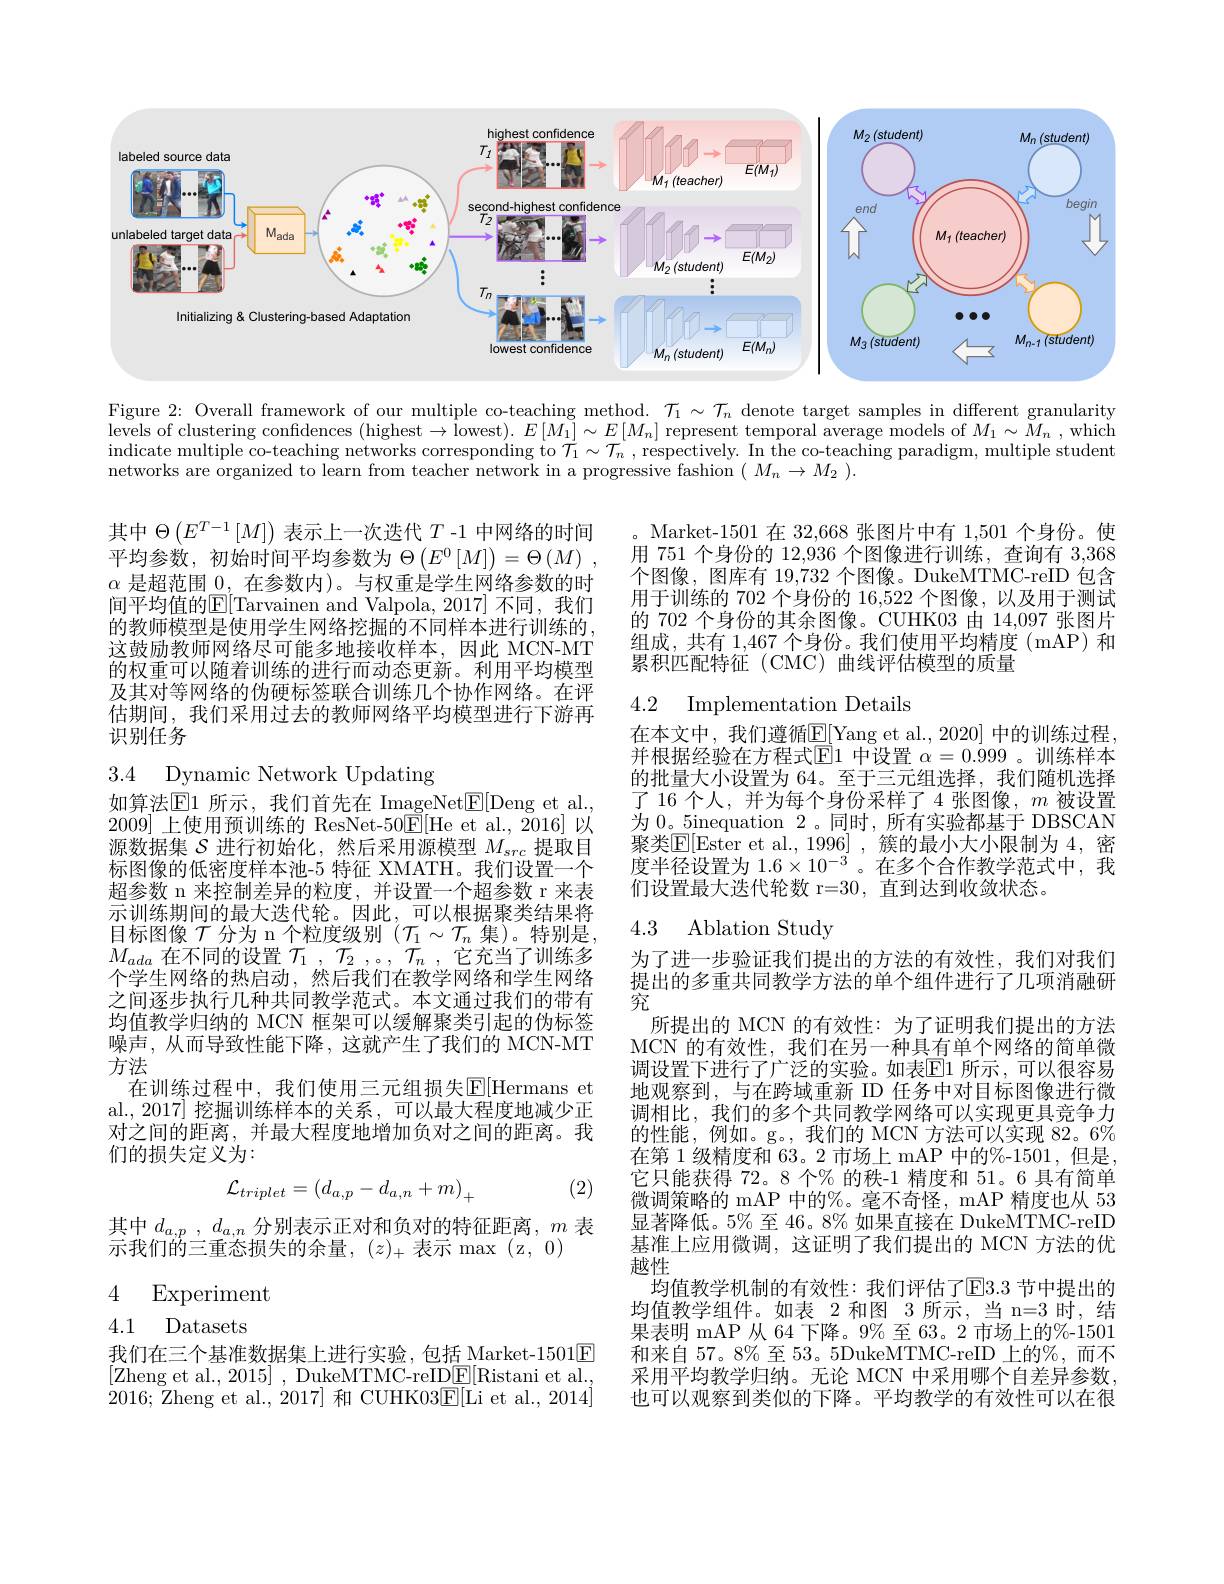
<FigureHere>

Figure 2: Overall framework of our multiple co-teaching method. $\mathcal{T}_1\sim\mathcal{T}_n$ denote target samples in different granularity levels of clustering confidences (highest$\to\hat{\text{lowest}}).E\left[M_1\right]\sim E\left[M_n\right]$ represent temporal average models of $M_1\sim\tilde{M}_n$ , which indicate multiple co-teaching networks corresponding to $\mathcal{T}_1\sim\mathcal{T}_n$ , respectively. In the co-teaching paradigm, multiple student networks are organized to learn from teacher network in a progressive fashion $(M_n\to M_2).$

Market-1501 在 32,668 张图片中有 1,501 个身份。使用 751 个身份的 12,936 个图像进行训练，查询有 3,368个图像，图库有 19,732 个图像。DukeMTMC-reID 包含用于训练的 702 个身份的 16,522 个图像，以及用于测试的 702 个身份的其余图像。CUHK03 由 14,097 张图片组成，共有 1,467 个身份。我们使用平均精度 (mAP) 和累积匹配特征(CMC)曲线评估模型的质量

其中$\Theta\left(E^{T-1}\left[M\right]\right)$表示上一次迭代$T$ -1 中网络的时间平均参数，初始时间平均参数为$\Theta\left(E^{0}\left[M\right]\right)=\Theta\left(M\right)$, $\alpha$是超范围$\underline0$,在参数内)。与权重是学生网络参数的时间平均值的$\mathbb{E}[$Tarvainen and Valpola,2017] 不同，我们的教师模型是使用学生网络挖掘的不同样本进行训练的， 这鼓励教师网络尽可能多地接收样本，因此 MCN-MT 的权重可以随着训练的进行而动态更新。利用平均模型及其对等网络的伪硬标签联合训练几个协作网络。在评估期间，我们采用过去的教师网络平均模型进行下游再识别任务

4.2 Implementation Details

3.4 Dynamic Network Updating
如算法$\operatorname{E}$1 所示，我们首先在 ImageNet$\operatorname{E}[$Deng et al.

在本文中，我们遵循$\underline{\mathrm{E}}[$Yang et al.,2020] 中的训练过程， 并根据经验在方程式$\bar{\mathbb{E}}1$ 中设置 $\alpha=0.\dot{999}$ 。训练样本的批量大小设置为 64。至于三元组选择，我们随机选择了 16 个人，并为每个身份采样了 4 张图像，$m$被设置为 0。5inequation 2。同时，所有实验都基于 DBSCAN 聚类$\overline{\mathrm{E[Ester~et~al.,1996]~,~}}$簇的最小大小限制为 4,密度半径设置为$1.6\times10^{-3}$ 。在多个合作教学范式中，我们设置最大迭代轮数 r=30, 直到达到收敛状态。

### 4.3 Ablation Study

2009]上使用预训练的 ResNet-50$\mathbb{E}[$He et al.,2016] 以源数据集$\mathcal{S}$进行初始化，然后采用源模型$M_{src}$提取目标图像的低密度样本池-5 特征 XMATH。我们设置一个超参数 n 来控制差异的粒度，并设置一个超参数 r 来表示训练期间的最大迭代轮。因此，可以根据聚类结果将目标图像$\mathcal{T}$分为 n 个粒度级别$(\mathcal{T}_1\sim\mathcal{T}_n$集)。特别是， $M_{ada}$在不同的设置$\mathcal{T}_1,\mathcal{T}_2,。,\mathcal{T}_n$,它充当了训练多个学生网络的热启动，然后我们在教学网络和学生网络之间逐步执行几种共同教学范式。本文通过我们的带有均值教学归纳的 MCN 框架可以缓解聚类引起的伪标签噪声，从而导致性能下降，这就产生了我们的 MCN-MT 方法
在训练过程中，我们使用三元组损失$\mathbb{E}[$Hermans et al.,2017] 挖掘训练样本的关系，可以最大程度地减少正对之间的距离，并最大程度地增加负对之间的距离。我们的损失定义为：
$$\mathcal{L}_{triplet}=\left(d_{a,p}-d_{a,n}+m\right)_{+}$$
为了进一步验证我们提出的方法的有效性，我们对我们提出的多重共同教学方法的单个组件进行了几项消融研究
所提出的 MCN 的有效性：为了证明我们提出的方法MCN 的有效性，我们在另一种具有单个网络的简单微调设置下进行了广泛的实验。如表$\overline{\mathrm{E}}$1 所示，可以很容易地观察到，与在跨域重新 ID 任务中对目标图像进行微调相比，我们的多个共同教学网络可以实现更具竞争力的性能，例如。g。,我们的 MCN 方法可以实现 82。6% 在第 1 级精度和 63。2 市场上 mAP 中的%-1501,但是， 它只能获得 72。8 个% 的秩-1 精度和 51。6 具有简单微调策略的 mAP 中的%。毫不奇怪，mAP 精度也从 53显著降低。5% 至 46。8% 如果直接在 DukeMTMC-reID 基准上应用微调，这证明了我们提出的 MCN 方法的优越性
均值教学机制的有效性：我们评估了E3.3 节中提出的均值教学组件。如表 2 和图 3 所示，当 n=3 时，结果表明 mAP 从 64 下降。9% 至 63。2 市场上的%-1501和来自 57。8% 至 53。5DukeMTMC-reID 上的%,而不采用平均教学归纳。无论 MCN 中采用哪个自差异参数， 也可以观察到类似的下降。平均教学的有效性可以在很

(2)

其中$d_a, p$ , $d_{a, n}$分别表示正对和负对的特征距离，$m$ 表
示我们的三重态损失的余量，$(z)_+$表示 max(z,0)

## 4 Experiment 4.1 Datasets

我们在三个基准数据集上进行实验，包括 Market-1501$\boxed{\mathrm{E}}$ [Zheng et al., 2015] , DukeMTMC-reID$\underline{\mathrm{F}}[$Ristani et al., 2016; Zheng et al., 2017] 和 CUHK03$\underline{\mathrm{E}}[\underline{\mathrm{Li~et~al.,~2014}}]$